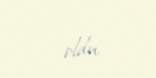
oldu.